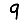
Digit: 9